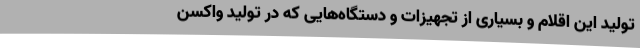
تولید این اقلام و بسیاری از تجهیزات و دستگاه‌هایی که در تولید واکسن